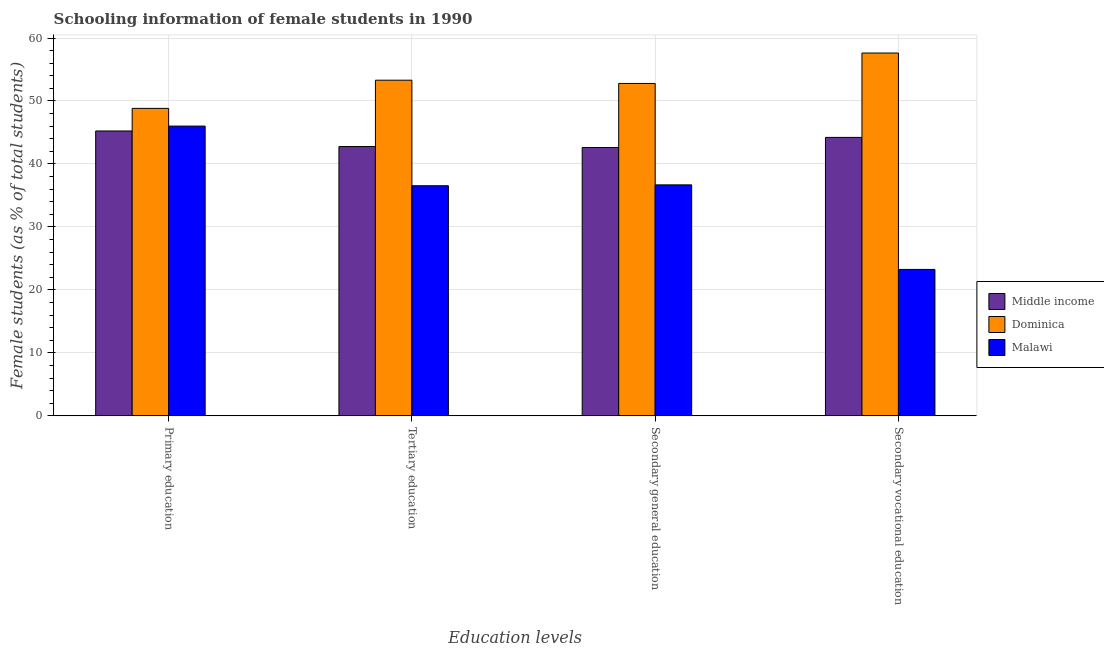
| Education levels | Middle income | Dominica | Malawi |
 | --- | --- | --- | --- |
 | Primary education | 45.2 | 48.8 | 46 |
 | Tertiary education | 42.8 | 53.3 | 36.5 |
 | Secondary general education | 42.6 | 52.8 | 36.7 |
 | Secondary vocational education | 44.2 | 57.6 | 23.3 |